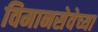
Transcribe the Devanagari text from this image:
विमानसेवेच्या